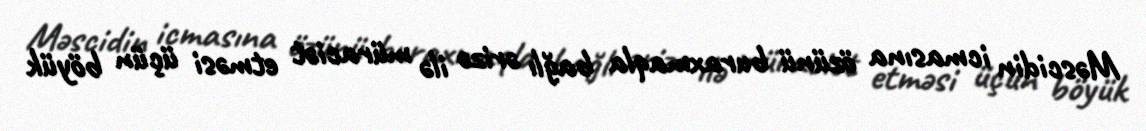
Məscidin icmasına özünü buraxmaqla bağlı ərizə ilə müraciət etməsi üçün böyük